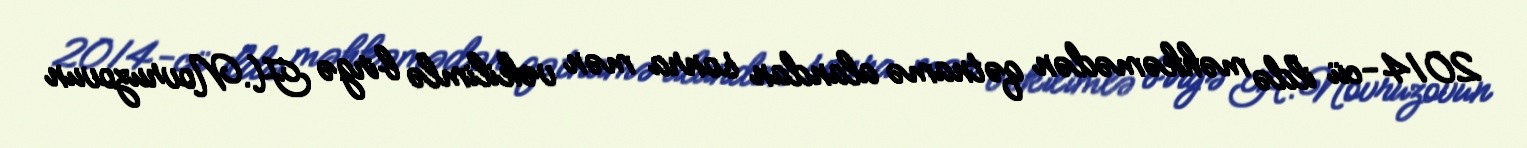
2014-cü ildə məhkəmədən qətnamə alandan sonra mən vəkilimlə birgə H.Novruzovun